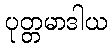
ပုတ္တမာဒါယ